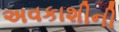
અવકાશીની